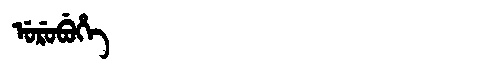
Manchu: ᡠᡵᡠᠪᡠᡥᡝ
Romanization: URUBUHE